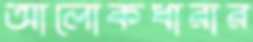
আলোকধারার